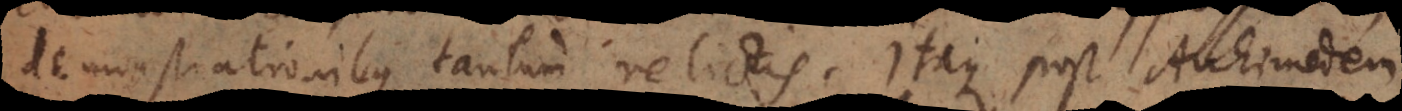
demonstrationibus tantum relictis. Itaque post Archimedem